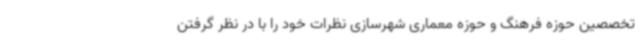
تخصصین حوزه فرهنگ و حوزه معماری شهرسازی نظرات خود را با در نظر گرفتن